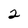
Character: 2